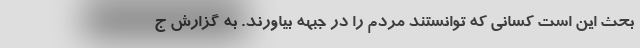
بحث این است کسانی که توانستند مردم را در جبهه بیاورند. به گزارش ج